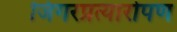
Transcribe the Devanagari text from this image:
जिगरप्रत्यारोपण